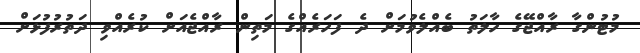
މުޓުންގާ ރާއްޖޭގެ ހާލަތު ބެއްލެވުމަށް ދެ ފަހަރެއްގެ މަތިން ރާއްޖެއަށް ކުރެއްވި ދަތުރުފުޅަށް